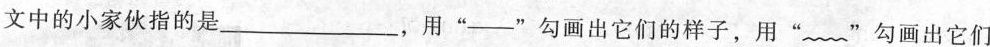
文中的小家伙指的是___，用”—”勾画出它们的样子，用””勾画出它们